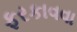
ફરકાવવા